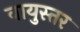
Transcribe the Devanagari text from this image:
वायुस्तर